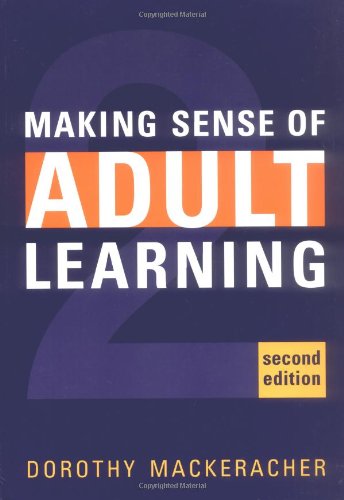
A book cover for Making Sense of Adult Learning; Dorothy MacKeracher; Education & Teaching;